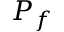
P _ { f }